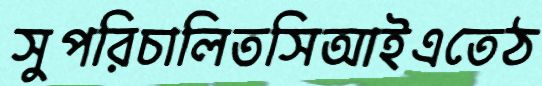
সুপরিচালিতসিআইএতেঠ